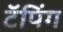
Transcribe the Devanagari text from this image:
टॅपिंग